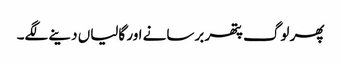
پھر لوگ پتھر برسانے اور گالیاں دینے لگے۔